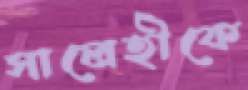
সালেহীকে